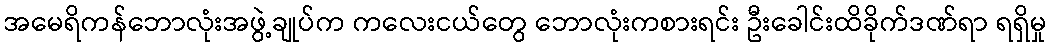
အမေရိကန်ဘောလုံးအဖွဲ့ချုပ်က ကလေးငယ်တွေ ဘောလုံးကစားရင်း ဦးခေါင်းထိခိုက်ဒဏ်ရာ ရရှိမှု